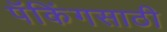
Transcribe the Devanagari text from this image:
पॅकिंगसाठी